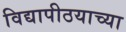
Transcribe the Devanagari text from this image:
विद्यापीठयाच्या